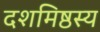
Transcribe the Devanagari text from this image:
दशमिष्ठस्य